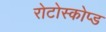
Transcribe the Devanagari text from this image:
रोटोस्कोप्ड